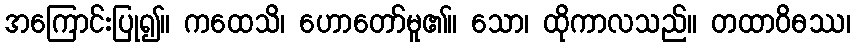
အကြောင်းပြု၍။ ကထေသိ၊ ဟောတော်မူ၏။ သော၊ ထိုကာလသည်။ တထာဝိဓဿ၊